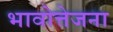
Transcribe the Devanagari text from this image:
भावोत्तेजना